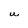
Character: U